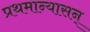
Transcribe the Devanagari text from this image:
प्रथमान्यासन्